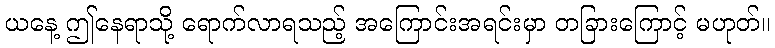
ယနေ့ ဤနေရာသို့ ရောက်လာရသည့် အကြောင်းအရင်းမှာ တခြားကြောင့် မဟုတ်။